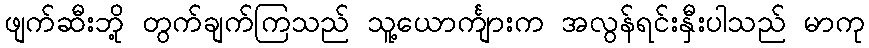
ဖျက်ဆီးဘို့ တွက်ချက်ကြသည် သူ့ယောင်္ကျားက အလွန်ရင်းနှီးပါသည် မာကု